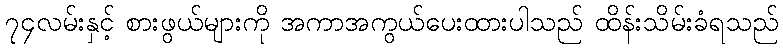
၇၄လမ်းနှင့် စားဖွယ်များကို အကာအကွယ်ပေးထားပါသည် ထိန်းသိမ်းခံရသည်